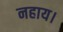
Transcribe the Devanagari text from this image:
नहाय।